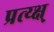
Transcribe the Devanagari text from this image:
प्रत्य्क्ष्